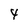
Character: 4